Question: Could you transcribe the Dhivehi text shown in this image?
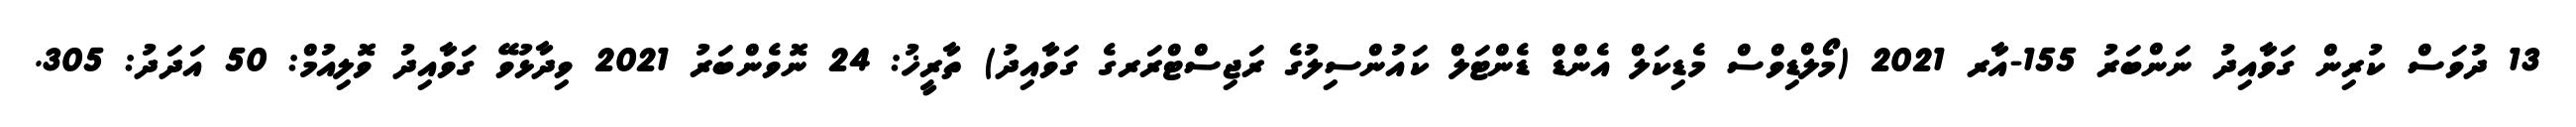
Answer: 13 ދުވަސް ކުރިން ގަވާއިދު ނަންބަރު 155-އާރ 2021 (މޯލްޑިވްސް މެޑިކަލް އެންޑް ޑެންޓަލް ކައުންސިލުގެ ރަޖިސްޓްރަރގެ ގަވާއިދު) ތާރީޚު: 24 ނޮވެންބަރު 2021 ވިދާޅުވޭ ގަވާއިދު ވޮލިއުމް: 50 އަދަދު: 305.